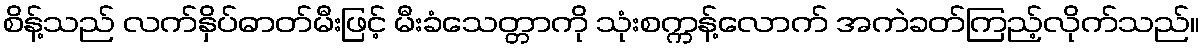
စိန့်သည် လက်နှိပ်ဓာတ်မီးဖြင့် မီးခံသေတ္တာကို သုံးစက္ကန့်လောက် အကဲခတ်ကြည့်လိုက်သည်။